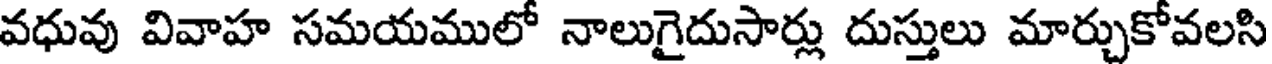
వధువు వివాహ సమయములో నాలుగైదుసార్లు దుస్తులు మార్చుకోవలసి